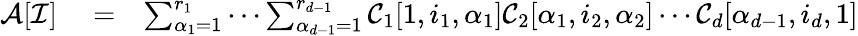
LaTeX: \begin{array}{rlr}{\mathcal{A}[\mathcal{I}]}&{{}=}&{\sum_{\alpha_{1}=1}^{r_{1}}\cdots\sum_{\alpha_{d-1}=1}^{r_{d-1}}\mathcal{C}_{1}[1,i_{1},\alpha_{1}]\mathcal{C}_{2}[\alpha_{1},i_{2},\alpha_{2}]\cdots\mathcal{C}_{d}[\alpha_{d-1},i_{d},1]}\end{array}